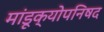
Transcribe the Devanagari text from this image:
मांडूक्योपनिषद